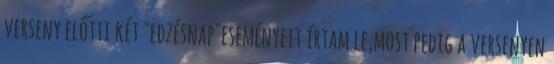
verseny előtti két "edzésnap"eseményeit írtam le,most pedig a versenyen